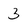
Character: 3